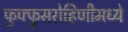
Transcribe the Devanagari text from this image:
फुफ्फुसरोहिणीमध्ये